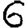
Digit: 6